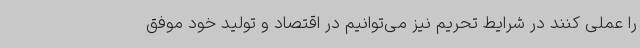
را عملی کنند در شرایط تحریم نیز می‌توانیم در اقتصاد و تولید خود موفق